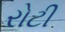
રોટી